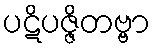
ပဋိပဇ္ဇိတဗ္ဗာ